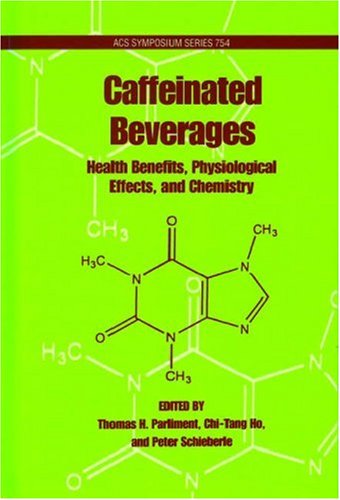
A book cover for Caffeinated Beverages: Health Benefits, Physiological Effects, and Chemistry (ACS Symposium Series); Health, Fitness & Dieting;